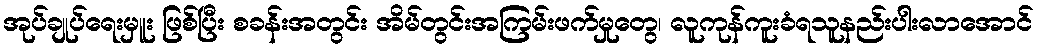
အုပ်ချုပ်ရေးမှူး ဖြစ်ပြီး စခန်းအတွင်း အိမ်တွင်းအကြမ်းဖက်မှုတွေ၊ လူကုန်ကူးခံရသူနည်းပါးလာအောင်